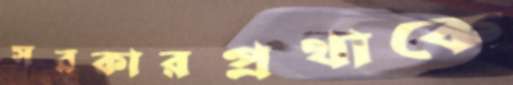
সরকারপ্রথাকে